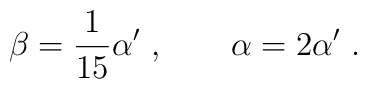
\beta = \frac{1}{15} \alpha^{\prime} \ , \qquad \alpha =2\alpha^{\prime}\ .